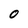
Character: O